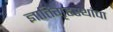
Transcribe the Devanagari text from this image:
ज्ञातिगृहस्थांचा